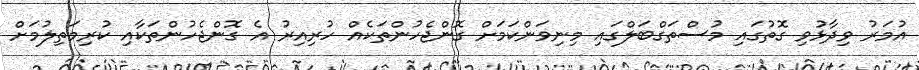
އުމަރު ވިދާޅުވި ގޮތުގައި މުސްތަގްބަލްގައި މިނިވަންކަމަށް ގޮންޖެހުންތަކެއް ހުރިއިރު އެ ގޮންޖެހުންތަކާއި ކުރިމަތިލުމަށް